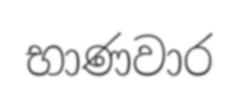
භාණවාර